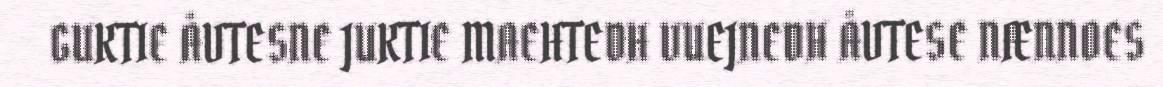
GUKTIE ÅVTESNE JUKTIE MAEHTEDH VUEJNEDH ÅVTESE NÆNNOES